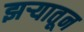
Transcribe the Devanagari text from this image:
झऱ्यातून